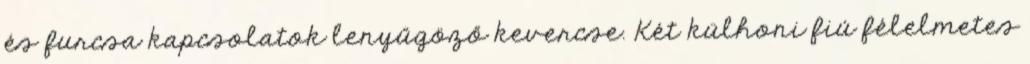
és furcsa kapcsolatok lenyűgöző kevercse. Két külhoni fiú félelmetes